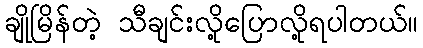
ချိုမြိန်တဲ့ သီချင်းလို့ပြောလို့ရပါတယ်။